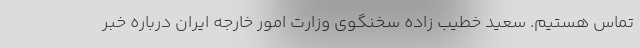
تماس هستیم. سعید خطیب زاده سخنگوی وزارت امور خارجه ایران درباره خبر